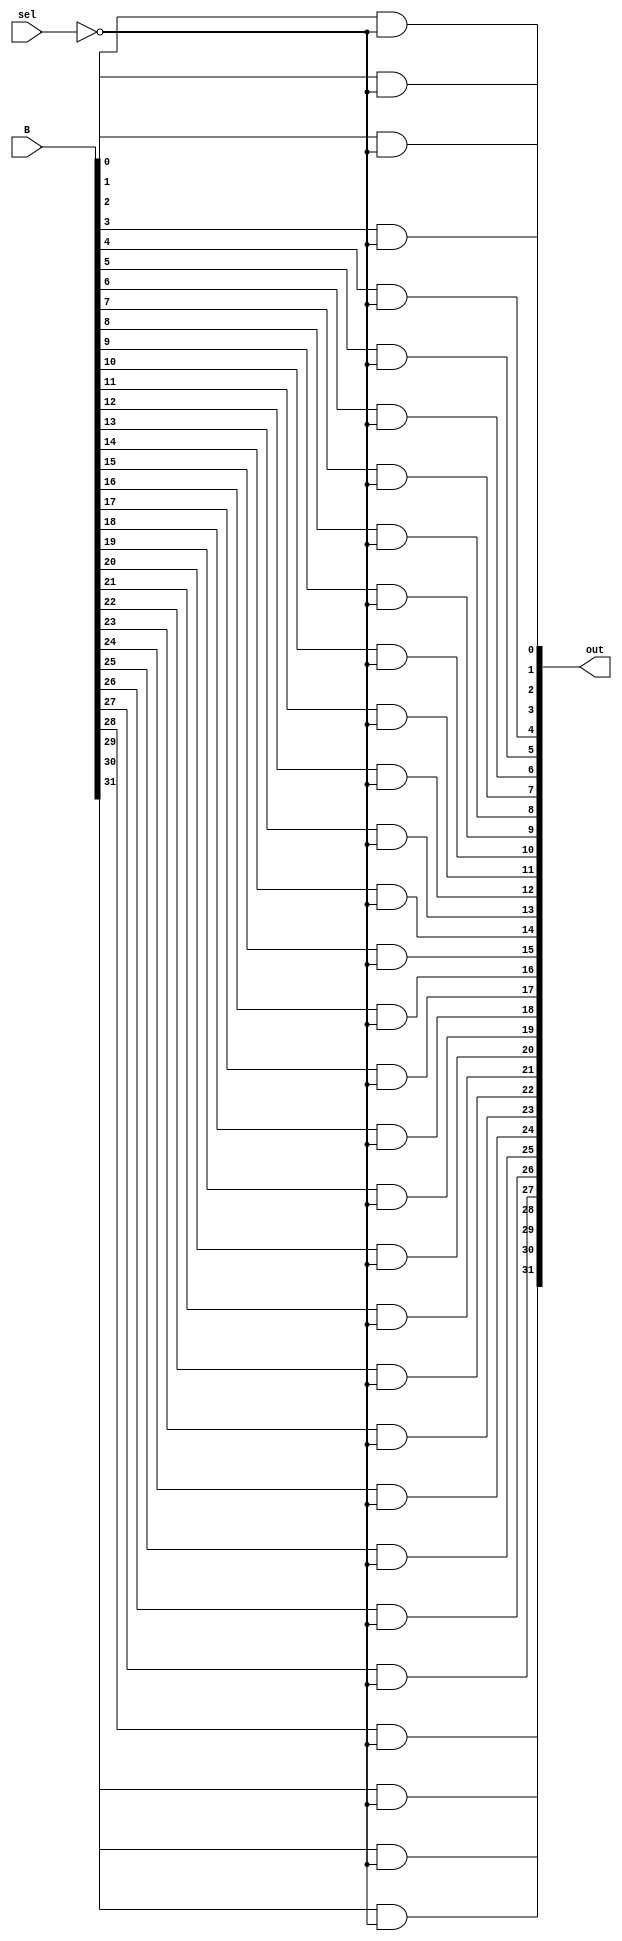
`timescale 1ns / 1ps
//////////////////////////////////////////////////////////////////////////////////
// Company: 
// Engineer: 
// 
// Design Name: 
// Module Name: ALU
// Project Name: 
// Target Devices: 
// Tool Versions: 
// Description: 
// 
// Dependencies: 
// 
// Revision:
// Revision 0.01 - File Created
// Additional Comments:
// 
//////////////////////////////////////////////////////////////////////////////////

module twoToOne(B,sel,out);
//input ports
input [31:0] B;
input sel;
//define input ports as wires
wire [31:0] B;
wire sel;
//define output as 32-bit wire
output [31:0] out;
//define internal wires
wire nSel;
//not gate for select
not(nSel, sel);

and(out[0], B[0], nSel);    //bit 0
and(out[1], B[1], nSel);    //bit 1
and(out[2], B[2], nSel);    //bit 2
and(out[3], B[3], nSel);    //bit 3
and(out[4], B[4], nSel);    //bit 4
and(out[5], B[5], nSel);    //bit 5
and(out[6], B[6], nSel);    //bit 6
and(out[7], B[7], nSel);    //bit 7
and(out[8], B[8], nSel);    //bit 8
and(out[9], B[9], nSel);    //bit 9
and(out[10], B[10], nSel);    //bit 10
and(out[11], B[11], nSel);    //bit 11
and(out[12], B[12], nSel);    //bit 12
and(out[13], B[13], nSel);    //bit 13
and(out[14], B[14], nSel);    //bit 14
and(out[15], B[15], nSel);    //bit 15
and(out[16], B[16], nSel);    //bit 16
and(out[17], B[17], nSel);    //bit 17
and(out[18], B[18], nSel);    //bit 18
and(out[19], B[19], nSel);    //bit 19
and(out[20], B[20], nSel);    //bit 20
and(out[21], B[21], nSel);    //bit 21
and(out[22], B[22], nSel);    //bit 22
and(out[23], B[23], nSel);    //bit 23
and(out[24], B[24], nSel);    //bit 24
and(out[25], B[25], nSel);    //bit 25
and(out[26], B[26], nSel);    //bit 26
and(out[27], B[27], nSel);    //bit 27
and(out[28], B[28], nSel);    //bit 28
and(out[29], B[29], nSel);    //bit 29
and(out[30], B[30], nSel);    //bit 30
and(out[31], B[31], nSel);    //bit 31

endmodule

module oneBitAdder(A,B,cin,cout,out);
//define input ports
input A;
input B;
input cin;
//define output ports
output cout;
output out;
//define input ports as wires
wire A, B, cin;
//define internal wires xAB from xor of A and B, aAB from and of A and B
//aCXAB from and of cin and xAB
wire xAB, aAB, aCXAB;

xor(xAB,A,B);
xor(out,xAB,cin);
and(aCXAB, xAB, cin);
and(aAB, A, B);
or(cout, aCXAB, aAB);

endmodule

module fullAdder(A,B,cout,sum);
//define input ports
input [31:0] A;
input [31:0] B;
//define output ports
output cout;
output [31:0] sum;
//define internal wires
//only need 31 carry wires as last carryout is
wire [30:0] carry;

//oneBitAdder(input1,input2,cin,cout,out)
oneBitAdder b0(A[0], B[0], 1'b0, carry[0], sum[0]);   //bit 0
oneBitAdder b1(A[1], B[1], carry[0], carry[1], sum[1]);   //bit 1
oneBitAdder b2(A[2], B[2], carry[1], carry[2], sum[2]);   //bit 2
oneBitAdder b3(A[3], B[3], carry[2], carry[3], sum[3]);   //bit 3
oneBitAdder b4(A[4], B[4], carry[3], carry[4], sum[4]);   //bit 4
oneBitAdder b5(A[5], B[5], carry[4], carry[5], sum[5]);   //bit 5
oneBitAdder b6(A[6], B[6], carry[5], carry[6], sum[6]);   //bit 6
oneBitAdder b7(A[7], B[7], carry[6], carry[7], sum[7]);   //bit 7
oneBitAdder b8(A[8], B[8], carry[7], carry[8], sum[8]);   //bit 8
oneBitAdder b9(A[9], B[9], carry[8], carry[9], sum[9]);   //bit 9
oneBitAdder b10(A[10], B[10], carry[9], carry[10], sum[10]);   //bit 10
oneBitAdder b11(A[11], B[11], carry[10], carry[11], sum[11]);   //bit 11
oneBitAdder b12(A[12], B[12], carry[11], carry[12], sum[12]);   //bit 12
oneBitAdder b13(A[13], B[13], carry[12], carry[13], sum[13]);   //bit 13
oneBitAdder b14(A[14], B[14], carry[13], carry[14], sum[14]);   //bit 14
oneBitAdder b15(A[15], B[15], carry[14], carry[15], sum[15]);   //bit 15
oneBitAdder b16(A[16], B[16], carry[15], carry[16], sum[16]);   //bit 16
oneBitAdder b17(A[17], B[17], carry[16], carry[17], sum[17]);   //bit 17
oneBitAdder b18(A[18], B[18], carry[17], carry[18], sum[18]);   //bit 18
oneBitAdder b19(A[19], B[19], carry[18], carry[19], sum[19]);   //bit 19
oneBitAdder b20(A[20], B[20], carry[19], carry[20], sum[20]);   //bit 20
oneBitAdder b21(A[21], B[21], carry[20], carry[21], sum[21]);   //bit 21
oneBitAdder b22(A[22], B[22], carry[21], carry[22], sum[22]);   //bit 22
oneBitAdder b23(A[23], B[23], carry[22], carry[23], sum[23]);   //bit 23
oneBitAdder b24(A[24], B[24], carry[23], carry[24], sum[24]);   //bit 24
oneBitAdder b25(A[25], B[25], carry[24], carry[25], sum[25]);   //bit 25
oneBitAdder b26(A[26], B[26], carry[25], carry[26], sum[26]);   //bit 26
oneBitAdder b27(A[27], B[27], carry[26], carry[27], sum[27]);   //bit 27
oneBitAdder b28(A[28], B[28], carry[27], carry[28], sum[28]);   //bit 28
oneBitAdder b29(A[29], B[29], carry[28], carry[29], sum[29]);   //bit 29
oneBitAdder b30(A[30], B[30], carry[29], carry[30], sum[30]);   //bit 30
//instead of carryout of last adder going into carry[31], go to cout
oneBitAdder b31(A[31], B[31], carry[30], cout, sum[31]);   //bit 31

endmodule

module negate(A,out);
//define input ports
input [31:0] A;
//define output ports
output [31:0] out;
//define internal wire
wire [31:0] flip;    //store flipped bits before add 1
wire [31:0] carry;  //carry is for add 1

//use not gate to flip bits
not(flip[0], A[0]);   //bit 0
not(flip[1], A[1]);   //bit 1
not(flip[2], A[2]);   //bit 2
not(flip[3], A[3]);   //bit 3
not(flip[4], A[4]);   //bit 4
not(flip[5], A[5]);   //bit 5
not(flip[6], A[6]);   //bit 6
not(flip[7], A[7]);   //bit 7
not(flip[8], A[8]);   //bit 8
not(flip[9], A[9]);   //bit 9
not(flip[10], A[10]);   //bit 10
not(flip[11], A[11]);   //bit 11
not(flip[12], A[12]);   //bit 12
not(flip[13], A[13]);   //bit 13
not(flip[14], A[14]);   //bit 14
not(flip[15], A[15]);   //bit 15
not(flip[16], A[16]);   //bit 16
not(flip[17], A[17]);   //bit 17
not(flip[18], A[18]);   //bit 18
not(flip[19], A[19]);   //bit 19
not(flip[20], A[20]);   //bit 20
not(flip[21], A[21]);   //bit 21
not(flip[22], A[22]);   //bit 22
not(flip[23], A[23]);   //bit 23
not(flip[24], A[24]);   //bit 24
not(flip[25], A[25]);   //bit 25
not(flip[26], A[26]);   //bit 26
not(flip[27], A[27]);   //bit 27
not(flip[28], A[28]);   //bit 28
not(flip[29], A[29]);   //bit 29
not(flip[30], A[30]);   //bit 30
not(flip[31], A[31]);   //bit 31

//add 1 (copy full adder with some adjustments)
//oneBitAdder(input1,input2,cin,cout,out)
//first add has input2 = 1, the rest are 0
oneBitAdder b0(flip[0], 1'b1, 1'b0, carry[0], out[0]);   //bit 0
oneBitAdder b1(flip[1], 1'b0, carry[0], carry[1], out[1]);   //bit 1
oneBitAdder b2(flip[2], 1'b0, carry[1], carry[2], out[2]);   //bit 2
oneBitAdder b3(flip[3], 1'b0, carry[2], carry[3], out[3]);   //bit 3
oneBitAdder b4(flip[4], 1'b0, carry[3], carry[4], out[4]);   //bit 4
oneBitAdder b5(flip[5], 1'b0, carry[4], carry[5], out[5]);   //bit 5
oneBitAdder b6(flip[6], 1'b0, carry[5], carry[6], out[6]);   //bit 6
oneBitAdder b7(flip[7], 1'b0, carry[6], carry[7], out[7]);   //bit 7
oneBitAdder b8(flip[8], 1'b0, carry[7], carry[8], out[8]);   //bit 8
oneBitAdder b9(flip[9], 1'b0, carry[8], carry[9], out[9]);   //bit 9
oneBitAdder b10(flip[10], 1'b0, carry[9], carry[10], out[10]);   //bit 10
oneBitAdder b11(flip[11], 1'b0, carry[10], carry[11], out[11]);   //bit 11
oneBitAdder b12(flip[12], 1'b0, carry[11], carry[12], out[12]);   //bit 12
oneBitAdder b13(flip[13], 1'b0, carry[12], carry[13], out[13]);   //bit 13
oneBitAdder b14(flip[14], 1'b0, carry[13], carry[14], out[14]);   //bit 14
oneBitAdder b15(flip[15], 1'b0, carry[14], carry[15], out[15]);   //bit 15
oneBitAdder b16(flip[16], 1'b0, carry[15], carry[16], out[16]);   //bit 16
oneBitAdder b17(flip[17], 1'b0, carry[16], carry[17], out[17]);   //bit 17
oneBitAdder b18(flip[18], 1'b0, carry[17], carry[18], out[18]);   //bit 18
oneBitAdder b19(flip[19], 1'b0, carry[18], carry[19], out[19]);   //bit 19
oneBitAdder b20(flip[20], 1'b0, carry[19], carry[20], out[20]);   //bit 20
oneBitAdder b21(flip[21], 1'b0, carry[20], carry[21], out[21]);   //bit 21
oneBitAdder b22(flip[22], 1'b0, carry[21], carry[22], out[22]);   //bit 22
oneBitAdder b23(flip[23], 1'b0, carry[22], carry[23], out[23]);   //bit 23
oneBitAdder b24(flip[24], 1'b0, carry[23], carry[24], out[24]);   //bit 24
oneBitAdder b25(flip[25], 1'b0, carry[24], carry[25], out[25]);   //bit 25
oneBitAdder b26(flip[26], 1'b0, carry[25], carry[26], out[26]);   //bit 26
oneBitAdder b27(flip[27], 1'b0, carry[26], carry[27], out[27]);   //bit 27
oneBitAdder b28(flip[28], 1'b0, carry[27], carry[28], out[28]);   //bit 28
oneBitAdder b29(flip[29], 1'b0, carry[28], carry[29], out[29]);   //bit 29
oneBitAdder b30(flip[30], 1'b0, carry[29], carry[30], out[30]);   //bit 30
oneBitAdder b31(flip[31], 1'b0, carry[30], carry[31], out[31]);   //bit 31

endmodule

module threeToOne(A,negA,sel,out);
//define input ports
input [31:0] A;
input [31:0] negA;
input [1:0] sel;
//define output ports
output [31:0] out;
//define internal wire
wire nS0, nS1;
wire [31:0] wA;     //and gate for A
wire [31:0] wNA;    //and gate for NegA
wire w1;            //and gate for 1

//get not of select[0] and select[1]
not(nS0, sel[0]);
not(nS1, sel[1]);

//wire coming out of and gate for A
and(wA[0], A[0], nS0, nS1); //bit 0
and(wA[1], A[1], nS0, nS1); //bit 1
and(wA[2], A[2], nS0, nS1); //bit 2
and(wA[3], A[3], nS0, nS1); //bit 3
and(wA[4], A[4], nS0, nS1); //bit 4
and(wA[5], A[5], nS0, nS1); //bit 5
and(wA[6], A[6], nS0, nS1); //bit 6
and(wA[7], A[7], nS0, nS1); //bit 7
and(wA[8], A[8], nS0, nS1); //bit 8
and(wA[9], A[9], nS0, nS1); //bit 9
and(wA[10], A[10], nS0, nS1); //bit 10
and(wA[11], A[11], nS0, nS1); //bit 11
and(wA[12], A[12], nS0, nS1); //bit 12
and(wA[13], A[13], nS0, nS1); //bit 13
and(wA[14], A[14], nS0, nS1); //bit 14
and(wA[15], A[15], nS0, nS1); //bit 15
and(wA[16], A[16], nS0, nS1); //bit 16
and(wA[17], A[17], nS0, nS1); //bit 17
and(wA[18], A[18], nS0, nS1); //bit 18
and(wA[19], A[19], nS0, nS1); //bit 19
and(wA[20], A[20], nS0, nS1); //bit 20
and(wA[21], A[21], nS0, nS1); //bit 21
and(wA[22], A[22], nS0, nS1); //bit 22
and(wA[23], A[23], nS0, nS1); //bit 23
and(wA[24], A[24], nS0, nS1); //bit 24
and(wA[25], A[25], nS0, nS1); //bit 25
and(wA[26], A[26], nS0, nS1); //bit 26
and(wA[27], A[27], nS0, nS1); //bit 27
and(wA[28], A[28], nS0, nS1); //bit 28
and(wA[29], A[29], nS0, nS1); //bit 29
and(wA[30], A[30], nS0, nS1); //bit 30
and(wA[31], A[31], nS0, nS1); //bit 31

//wire out of and gate for negA
and(wNA[0], negA[0], sel[1], nS0);  //bit 0
and(wNA[1], negA[1], sel[1], nS0);  //bit 1
and(wNA[2], negA[2], sel[1], nS0);  //bit 2
and(wNA[3], negA[3], sel[1], nS0);  //bit 3
and(wNA[4], negA[4], sel[1], nS0);  //bit 4
and(wNA[5], negA[5], sel[1], nS0);  //bit 5
and(wNA[6], negA[6], sel[1], nS0);  //bit 6
and(wNA[7], negA[7], sel[1], nS0);  //bit 7
and(wNA[8], negA[8], sel[1], nS0);  //bit 8
and(wNA[9], negA[9], sel[1], nS0);  //bit 9
and(wNA[10], negA[10], sel[1], nS0);  //bit 10
and(wNA[11], negA[11], sel[1], nS0);  //bit 11
and(wNA[12], negA[12], sel[1], nS0);  //bit 12
and(wNA[13], negA[13], sel[1], nS0);  //bit 13
and(wNA[14], negA[14], sel[1], nS0);  //bit 14
and(wNA[15], negA[15], sel[1], nS0);  //bit 15
and(wNA[16], negA[16], sel[1], nS0);  //bit 16
and(wNA[17], negA[17], sel[1], nS0);  //bit 17
and(wNA[18], negA[18], sel[1], nS0);  //bit 18
and(wNA[19], negA[19], sel[1], nS0);  //bit 19
and(wNA[20], negA[20], sel[1], nS0);  //bit 20
and(wNA[21], negA[21], sel[1], nS0);  //bit 21
and(wNA[22], negA[22], sel[1], nS0);  //bit 22
and(wNA[23], negA[23], sel[1], nS0);  //bit 23
and(wNA[24], negA[24], sel[1], nS0);  //bit 24
and(wNA[25], negA[25], sel[1], nS0);  //bit 25
and(wNA[26], negA[26], sel[1], nS0);  //bit 26
and(wNA[27], negA[27], sel[1], nS0);  //bit 27
and(wNA[28], negA[28], sel[1], nS0);  //bit 28
and(wNA[29], negA[29], sel[1], nS0);  //bit 29
and(wNA[30], negA[30], sel[1], nS0);  //bit 30
and(wNA[31], negA[31], sel[1], nS0);  //bit 31

//output of and gate for 1
//need to make bits 1-31 = 0 and bit 0 = 1
//use and gate to make bit 0 = 1
//don't need to do anything for bits 1-31
and(w1, nS1, sel[0]);  //bit 0


//final output
//only use w1 for bit 0, so if the mux needs to output 1
//it will output 0000...00001
or(out[0], wA[0], wNA[0], w1);   //bit 0
or(out[1], wA[1], wNA[1]);   //bit 1
or(out[2], wA[2], wNA[2]);   //bit 2
or(out[3], wA[3], wNA[3]);   //bit 3
or(out[4], wA[4], wNA[4]);   //bit 4
or(out[5], wA[5], wNA[5]);   //bit 5
or(out[6], wA[6], wNA[6]);   //bit 6
or(out[7], wA[7], wNA[7]);   //bit 7
or(out[8], wA[8], wNA[8]);   //bit 8
or(out[9], wA[9], wNA[9]);   //bit 9
or(out[10], wA[10], wNA[10]);   //bit 10
or(out[11], wA[11], wNA[11]);   //bit 11
or(out[12], wA[12], wNA[12]);   //bit 12
or(out[13], wA[13], wNA[13]);   //bit 13
or(out[14], wA[14], wNA[14]);   //bit 14
or(out[15], wA[15], wNA[15]);   //bit 15
or(out[16], wA[16], wNA[16]);   //bit 16
or(out[17], wA[17], wNA[17]);   //bit 17
or(out[18], wA[18], wNA[18]);   //bit 18
or(out[19], wA[19], wNA[19]);   //bit 19
or(out[20], wA[20], wNA[20]);   //bit 20
or(out[21], wA[21], wNA[21]);   //bit 21
or(out[22], wA[22], wNA[22]);   //bit 22
or(out[23], wA[23], wNA[23]);   //bit 23
or(out[24], wA[24], wNA[24]);   //bit 24
or(out[25], wA[25], wNA[25]);   //bit 25
or(out[26], wA[26], wNA[26]);   //bit 26
or(out[27], wA[27], wNA[27]);   //bit 27
or(out[28], wA[28], wNA[28]);   //bit 28
or(out[29], wA[29], wNA[29]);   //bit 29
or(out[30], wA[30], wNA[30]);   //bit 30
or(out[31], wA[31], wNA[31]);   //bit 31

endmodule


module ALU(B, A,add,inc,neg,sub,out,Z,N);
//define input ports
input [31:0] A;
input [31:0] B;
input add, inc, neg, sub;
//define output ports
output Z, N;
output [31:0] out;
//define internal wires
wire [31:0] negA;
wire [31:0] threeToOneW;
wire [31:0] twoToOneW;
wire [1:0] select;
wire not_sub;
wire cout;

//Generating Selects for Each mux
//3 to 1 mux
not(not_sub, sub);
and(select[0], inc, not_sub);
nor(select[1], add, inc);
//2 to 1 mux 
//feed neg into select in function call

//2's complement generator
//negate(A,out)
negate nA(A, negA);

//3 to 1 mux
//threeToOne(A,negA,sel,out)
threeToOne m3(A, negA, select, threeToOneW);

//2 to 1 mux
//twoToOne(B,sel,out)
twoToOne m2(B, neg, twoToOneW);

//full adder
//fullAdder(A,B,cout,sum)
fullAdder fA(threeToOneW, twoToOneW, cout, out);

//N flag
// N = 1 if negative
//out[31] is the sign bit in 2's complement and the adder
//would output a number in 2's complement if it's negative
//if the sign bit is 1, its negative
and(N, out[31], 1'b1);

//Z flag
//Z = 1 if zero and Z = 0 if there is a 1 in [31:0] out
//to check all bits in out I could put all of them in an 
//or gate and have the Z flag be the gate's output but
//that would result in Z = 1 if there is a 1 in the output
//so use a nor gate instead
nor(Z, out[31], out[30], out[29], out[28], out[27], out[26], out[25], 
out[24], out[23], out[22], out[21], out[20], out[19], out[18], out[17], 
out[16], out[15], out[14], out[13], out[12], out[11], out[10], out[9], 
out[8], out[7], out[6], out[5], out[4], out[3], out[2], out[1], out[0]);


endmodule